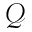
\mathcal { Q }